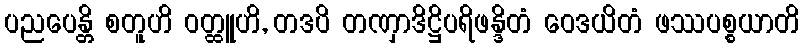
ပညပေန္တိ စတူဟိ ဝတ္ထူဟိ, တဒပိ တဏှာဒိဋ္ဌိပရိဖန္ဒိတံ ဝေဒယိတံ ဖဿပစ္စယာတိ